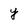
Character: y